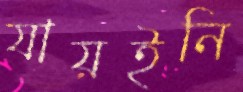
যায়ইনি